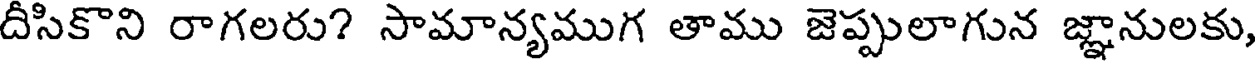
దీసికొని రాగలరు? సామాన్యముగ తాము జెప్పులాగున జ్ఞానులకు,